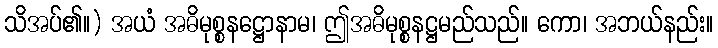
သိအပ်၏။) အယံ အဓိမုစ္စနဋ္ဌောနာမ၊ ဤအဓိမုစ္စနဋ္ဌမည်သည်။ ကော၊ အဘယ်နည်း။